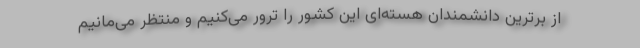
از برترین دانشمندان هسته‌ای این کشور را ترور می‌کنیم و منتظر می‌مانیم